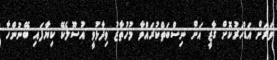
ވަރަށް އަޑުހަރުކޮށް ގާޒީ އަށް ނިސްބަތްކުރައްވާ މުހުތާޒު ވިދާޅުވީ އުސޫލެކޭ ކިޔާފައި ބޭނުންހާ